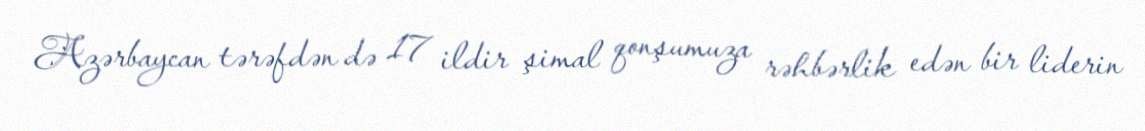
Azərbaycan tərəfdən də 17 ildir şimal qonşumuza rəhbərlik edən bir liderin